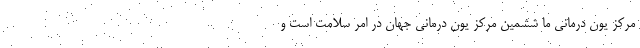
مرکز یون درمانی ما ششمین مرکز یون درمانی جهان در امر سلامت است و